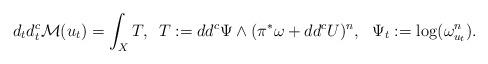
LaTeX: \begin{align*}d_{t}d_{t}^{c}\mathcal{M}(u_{t})=\int_{X}T,\,\,\, T:=dd^{c}\Psi\wedge(\pi^{*}\omega+dd^{c}U)^{n},\,\,\,\,\Psi_{t}:=\log(\omega_{u_{t}}^{n}).\end{align*}